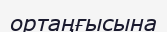
ортаңғысына